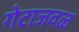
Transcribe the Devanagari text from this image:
गेटाजवळ